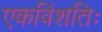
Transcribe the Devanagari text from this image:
एकविंशतिः